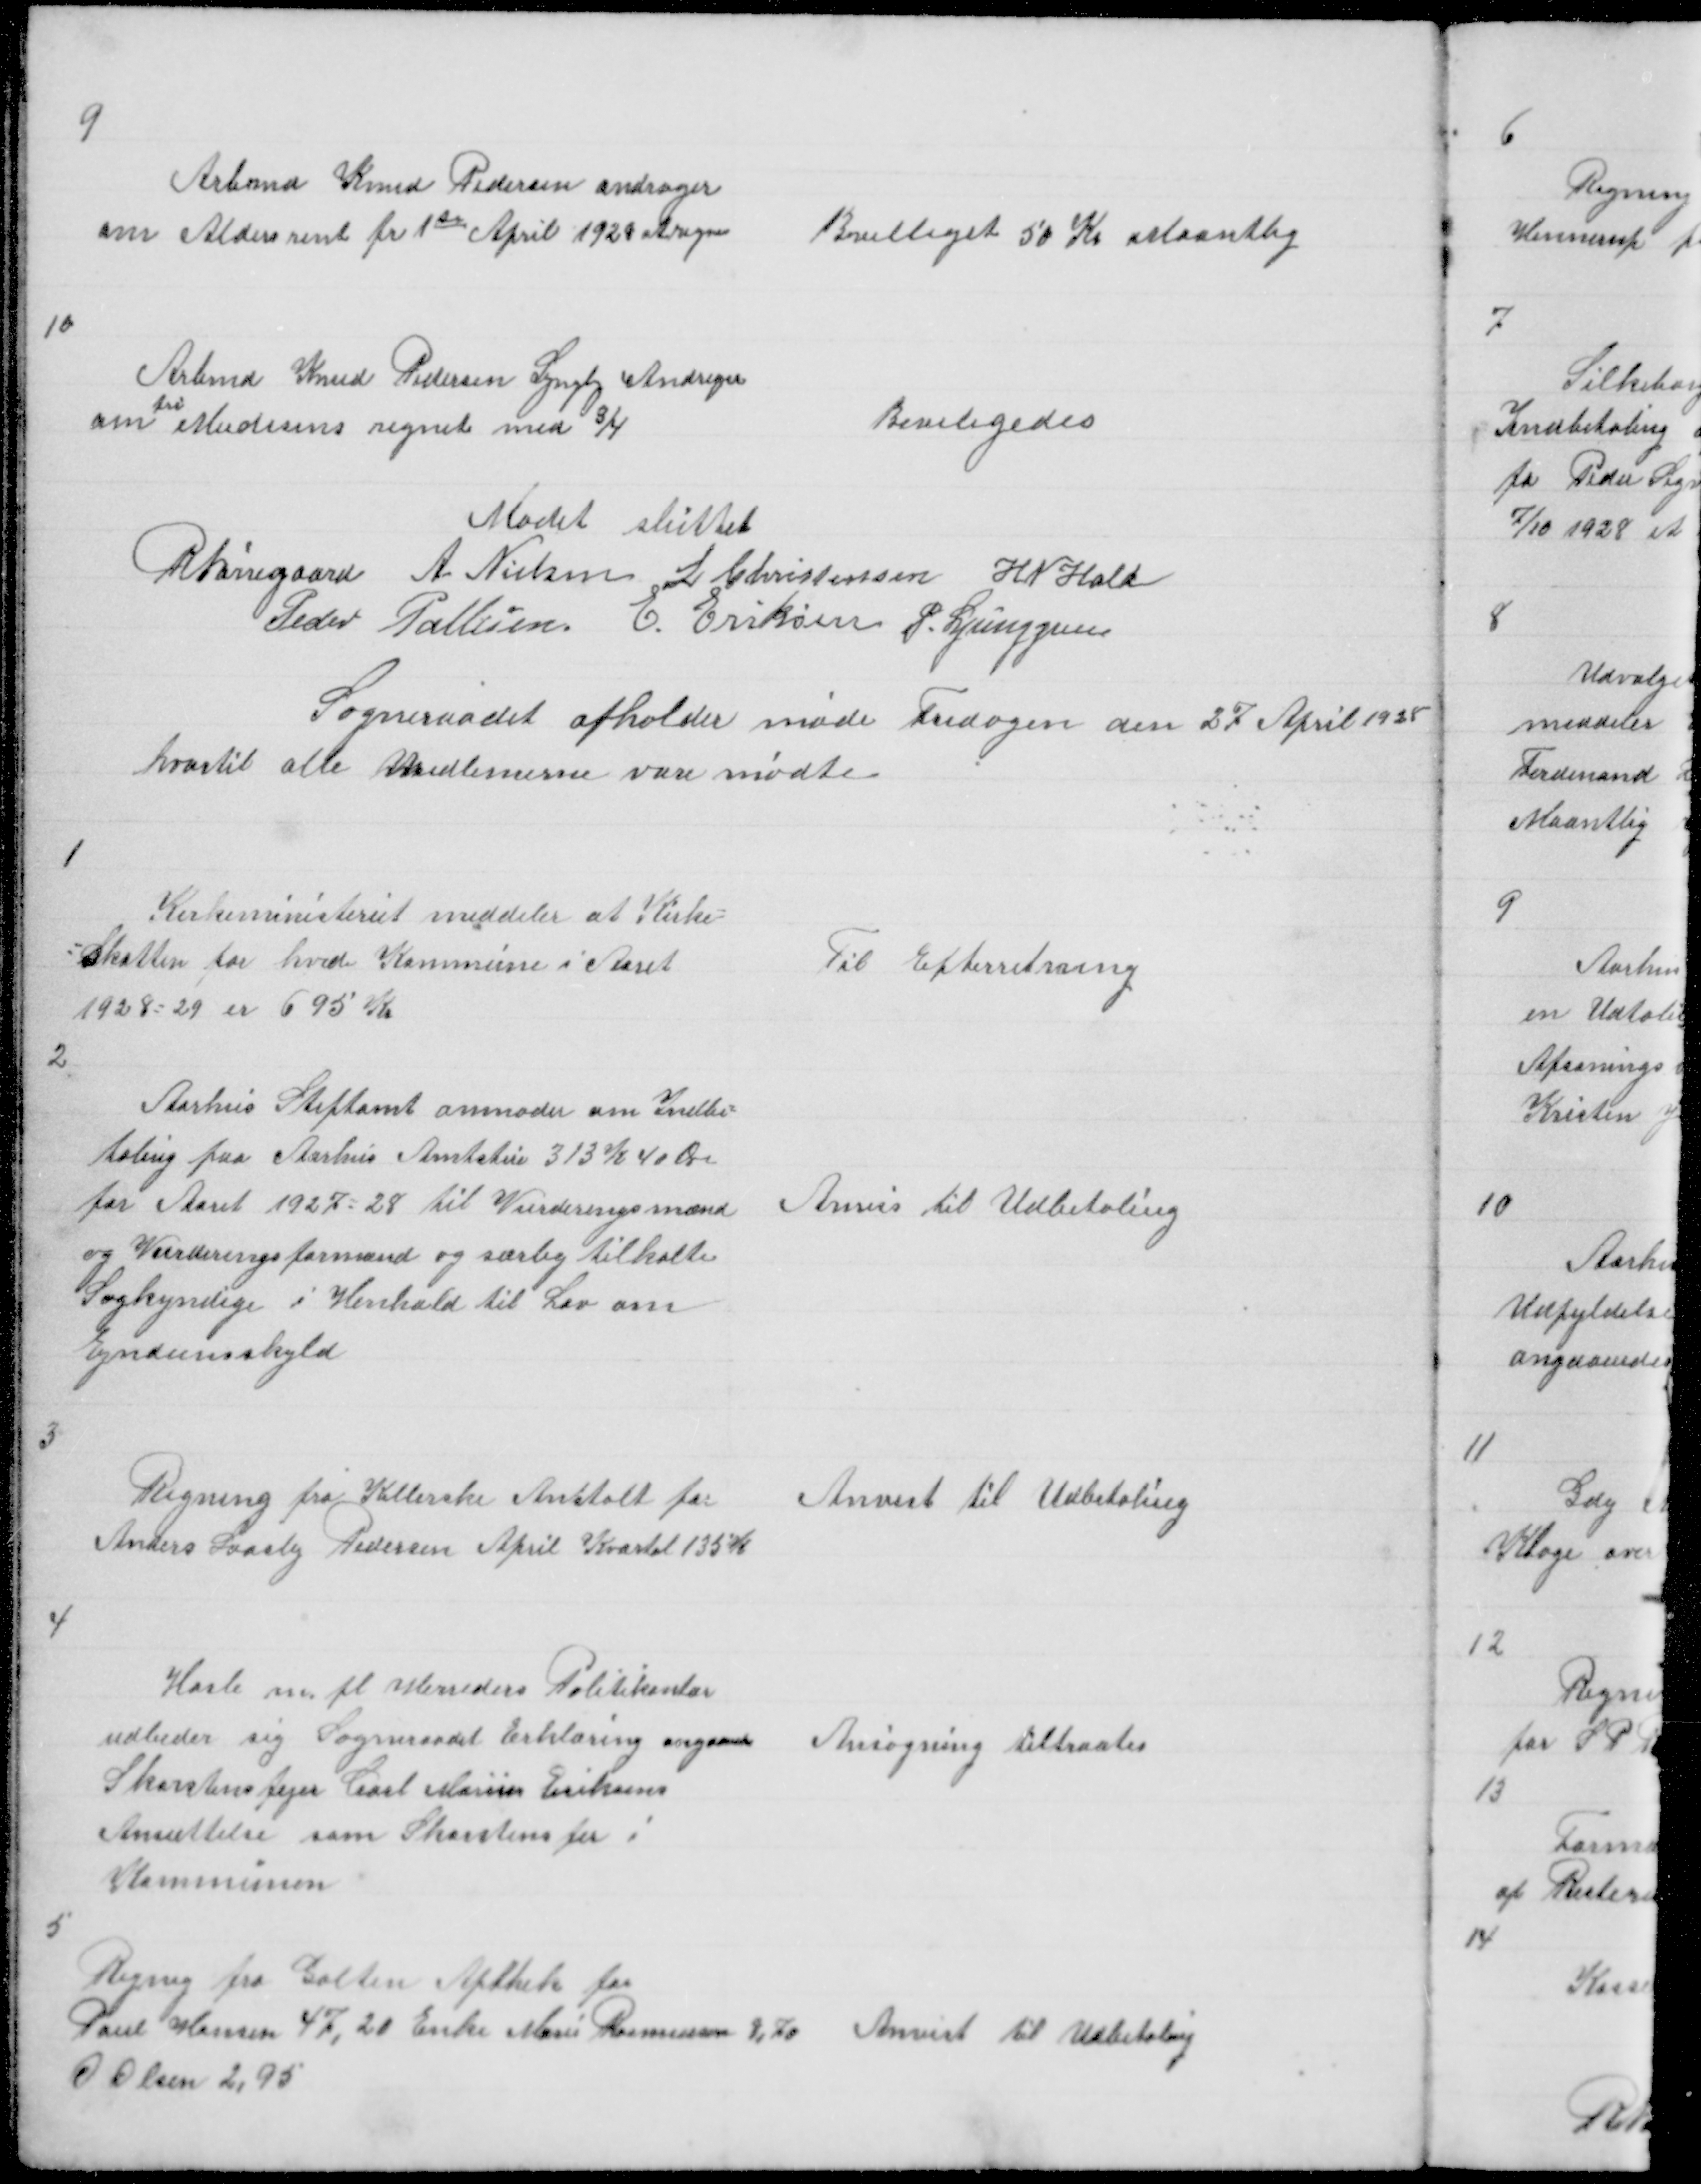
Transskription:
9

Arbmd Knud Pedersen andrager
om Aldersrente fr 1te April 1929 at regne

Bevilliget 50 Kr Maantlig

10

Arbmd Knud Pedersen Andrager
fri
om M regnet med 3/4

Beviligedes

Mødet sluttet
R Nørregaard A Nielsen L Christensen H N Hald
Peder Pallesen E Eriksen P. Ljunggren
Sogneraadet afholder møde Fredagen den 27 April 1928
hvortil alle Medlemerne vare mødte

1

Kirkeministeriet meddeler at Kirke =
= Skatten for hvd Kommune i Aaret
1928 = 29 er 695 Kr

Til Efterretning

2

Aarhus Stiftamt anmoder om Indbe =
taling paa Aarhus Amtstue 313 K 40 Øre
for Aaret 1927 = 28 til Vurderingsmænd
og Vurderingsformænd og særlig tilkalte
Sagkyndige i Henhold til Lov om
Ejndomsskyld

Anvis til Udbetaling

3

Regning fra Kellerske Anstalt for
Anders Laasby Pedersen April Kvartal 135 K

Anvist til Udbetaling

4

Hasle m fl Herreders Politikontor
udbeder sig Sogneraadet Erklæring angaaendes
Skorstenfejer Carl Marius Eriksens
Ansættelse som Skorstensfer i
Kommunen

Ansøgning tiltraates

5

Regning fra Galten Apthek for
Poul Hansen 47,20 Marie Rasmussen 8,70
O Olsen 2,95

Anvist til Udbetaling